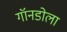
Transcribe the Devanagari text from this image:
गॉनडोला